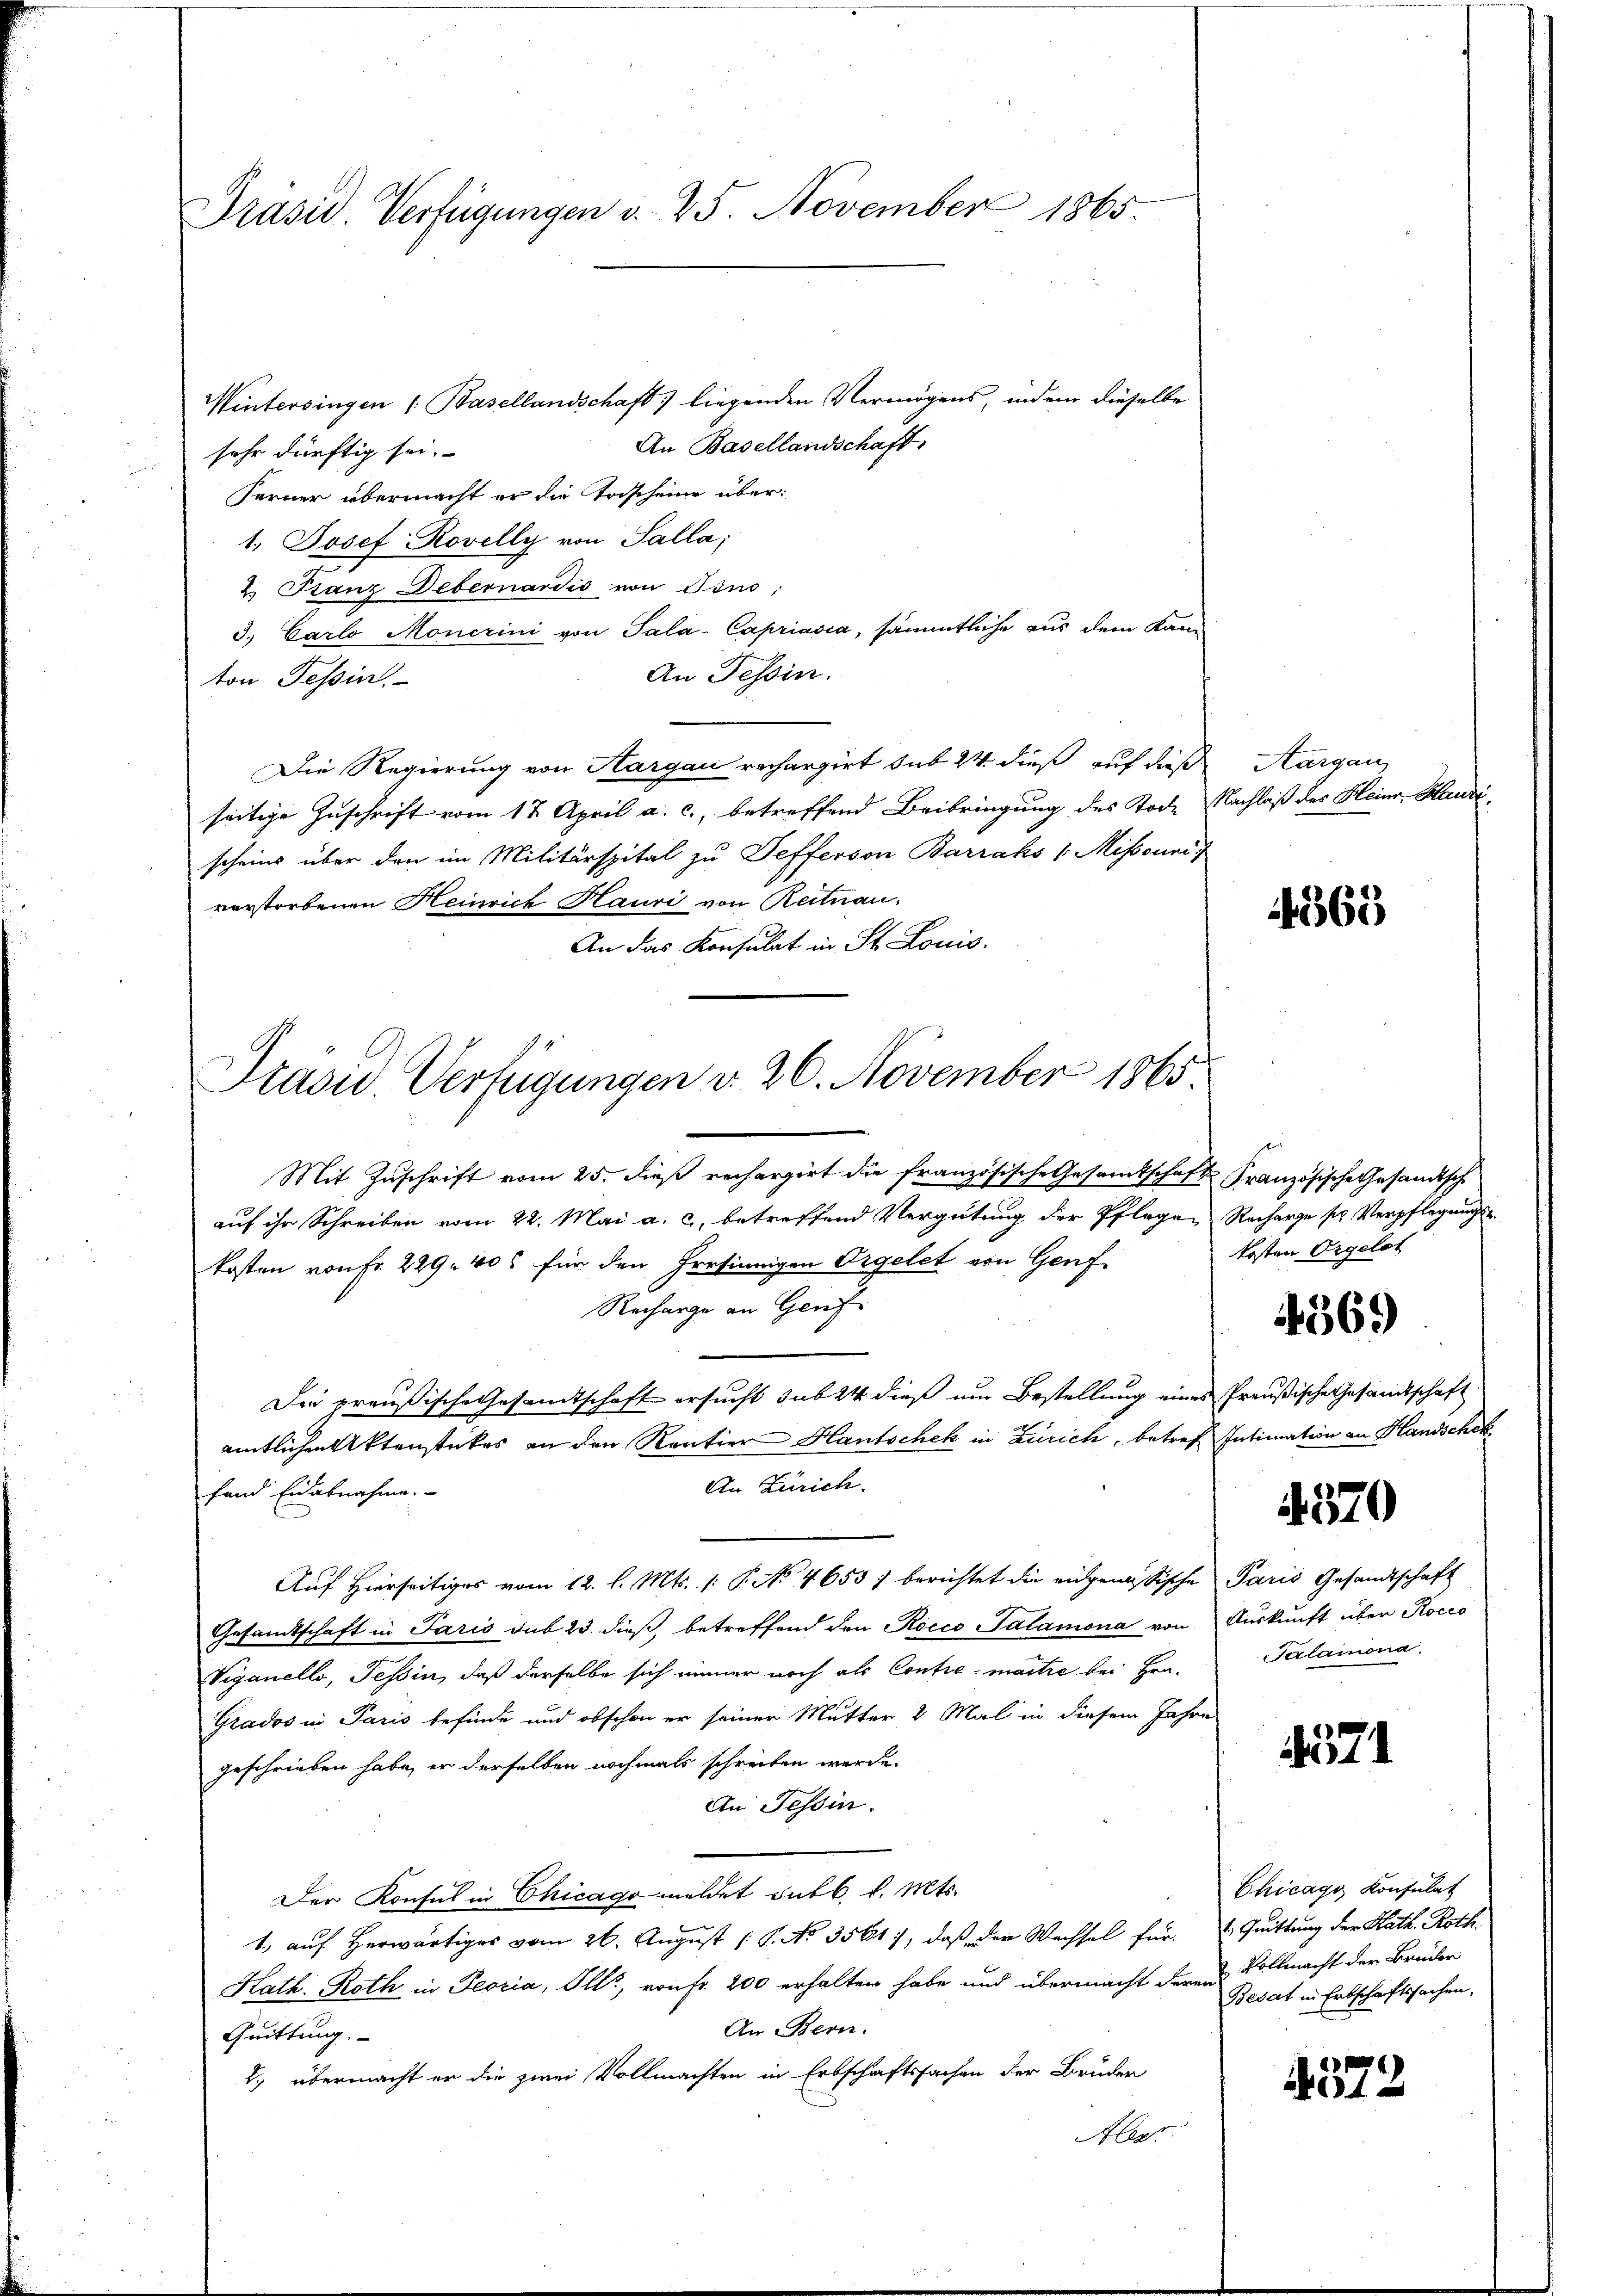
Präsid. Verfügungen d. 25. November 1865.

Wintersingen (Basellandschaft liegenden Vermögens, indem dieselbe
An Basellandschaft
sehr dürftig sei.
Ferner übermacht er die Tascheine über:
1. Josef Rovelly von Salla;
2. Franz Debernardis von Tons:
3. Carlo Monerini von Sala-Capriasia, sämmtliche aus dem Kam¬
An Tessin.
ton Tessin.
Die Regierung von Aargau rechargirt sub 24 dieß auf dieß
seitige Zuschrift vom 17. April a. c., betreffend Beibringung des Tode Nachlaß des Heinr. Henri
scheins über den im Militärspital zu Sefferson Barraks / Missouris
verstorbenen Heinrich Hauri von Reitnau.
An das Konsulat in St. Louis.
Mit Zuschrift vom 25. dieß rechargirt die französische Gesamtschaft Französische Gesandtsche
auf ihr Schreiben vom 22. Mai a. c., betreffend Vergütung der Pflegen Recharge ses Verpflegungskosten von Fr. 229. 406 für den Persinnigen Orgelet von Genf
Recharge an Genf
Die preußische Gesandtschaft ersucht sub 24 dieß um Bestellung eines Preußische Gesandtschaft
amtlichen Aktenstückes an den Kantier Hantschek in Zürich, betref Intimation an Handschek¬
An Zürich.
fand Eidabnahme.
Auf Hierseitiges vom 12. l. Mts. (: P. No 4653) berichtet die eidgenössische Paris Gesandtschaft
Gesandtschaft in Paris sub 23. dieß, betreffend den Rocco Salamona von Auskunft über Rocco
Viganello, Tessin, daß derselbe sich immer noch als Contie-martie bei Hrn.
Grados in Paris befinde und obschon er seiner Mutter 2 Mal in diesem Jahre
geschrieben habe, er derselben nochmals schreiben werde.
An Tessin.
Der Konsul in Chicago meldet dutb. v. Mts.
1., auf Herwärtiges vom 26. August ( P. No 3561), daß der Wechsel für  Quittung der Kath. Roth.
Kath. Roth in Peoria, Illi, von Fr. 200 erhalten habe und übermacht deren Vollmacht der Brüder
An Bern.
Quittung.
2.) übermacht er die zwei Vollmachten in Erbschaftssachen der Brüder
Alex

Präsid. Verfügungen d. 26. November 1865

Aargau,

4263

kosten Orgelst

4569)

570

Salamona

471

Chicago Konsulat
Besat in Erbschaftssachen.

4572